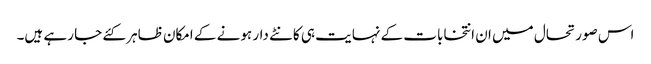
اس صورتحال میں ان انتخابات کے نہایت ہی کانٹے دار ہونے کے امکان ظاہر کئے جا رہے ہیں۔